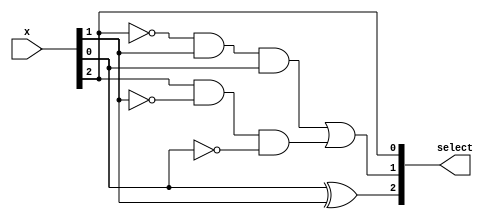
// Booth Encoder Module : Radix-4

module Booth_Encoder (
    input wire [2:0] x,
    output wire [2:0] select
);

    wire single;
    wire double;
    wire negative;

    assign single = x[0]^x[1];
    assign double = (~x[2])&x[1]&x[0] | x[2]&(~x[1])&(~x[0]);
    assign negative = x[2];

    assign select = {single, double, negative };

endmodule